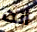
أنت